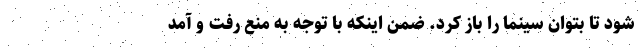
شود تا بتوان سینما را باز کرد. ضمن اینکه با توجه به منع رفت و آمد